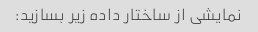
نمایشی از ساختار داده زیر بسازید: